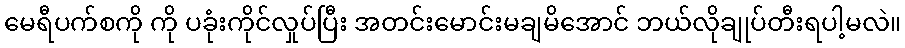
မေရီပက်စကို ကို ပခုံးကိုင်လှုပ်ပြီး အတင်းမောင်းမချမိအောင် ဘယ်လိုချုပ်တီးရပါ့မလဲ။